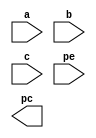
module even_parity_generator(a,b,c,pe,pc);
input a,b,c,pe;
output pc;
assign pe=a^b^c^pe;
endmodule